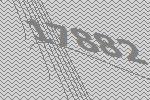
17882